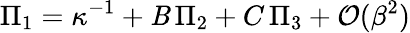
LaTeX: \Pi_{1}=\kappa^{-1}+\mathit{B}\, \Pi_{2}+C\, \Pi_{3}+\mathcal{{O}}(\beta^{2})